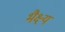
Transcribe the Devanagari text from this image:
भैक्ष्यं